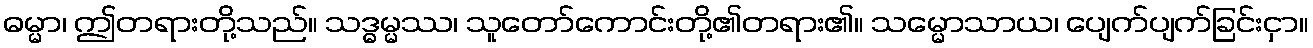
ဓမ္မာ၊ ဤတရားတို့သည်။ သဒ္ဓမ္မဿ၊ သူတော်ကောင်းတို့၏တရား၏။ သမ္မောသာယ၊ ပျေက်ပျက်ခြင်းငှာ။